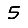
Digit: 5